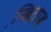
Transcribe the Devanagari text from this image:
खि़ताब